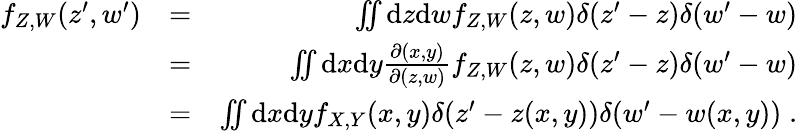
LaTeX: \begin{array}{rlr}{f_{Z,W}(z^{\prime},w^{\prime})}&{=}&{\iint\mathrm dz\mathrm dwf_{Z,W}(z,w)\delta(z^{\prime}-z)\delta(w^{\prime}-w)}\\ &{=}&{\iint\mathrm dx\mathrm dy\frac{\partial(x,y)}{\partial(z,w)}f_{Z,W}(z,w)\delta(z^{\prime}-z)\delta(w^{\prime}-w)}\\ &{=}&{\iint\mathrm dx\mathrm dyf_{X,Y}(x,y)\delta(z^{\prime}-z(x,y))\delta(w^{\prime}-w(x,y))\; .}\end{array}